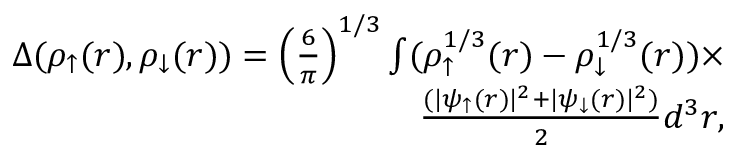
\begin{array} { r } { \Delta ( \rho _ { \uparrow } ( r ) , \rho _ { \downarrow } ( r ) ) = \Big ( \frac { 6 } { \pi } \Big ) ^ { 1 / 3 } \int ( \rho _ { \uparrow } ^ { 1 / 3 } ( r ) - \rho _ { \downarrow } ^ { 1 / 3 } ( r ) ) \times } \\ { \frac { ( | \psi _ { \uparrow } ( r ) | ^ { 2 } + | \psi _ { \downarrow } ( r ) | ^ { 2 } ) } { 2 } d ^ { 3 } r , } \end{array}